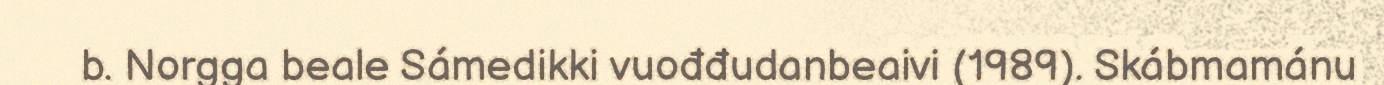
b. Norgga beale Sámedikki vuođđudanbeaivi (1989). Skábmamánu